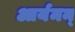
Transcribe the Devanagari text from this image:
आर्यमन्